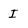
Character: I